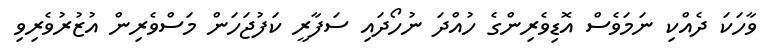
ވާހަކަ ދެއްކި ނަމަވެސް އޮޑިވެރިންގެ ހުއްދަ ނުހޯދައި ސަފާރީ ކަފުޖަހަން މަސްވެރިން އުޒުރުވެރިވި